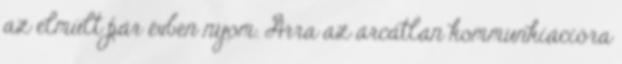
az elmúlt pár évben nyom. Arra az arcátlan kommunkiációra